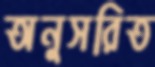
অনুসরিত